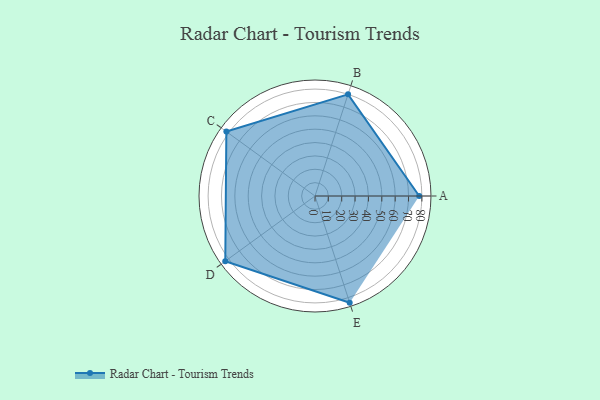
{"axis": {"x": "Skill", "y": "Score"}, "legend": ["Profile"], "data": [{"x": "A", "y": 78.0, "type": "Profile"}, {"x": "B", "y": 80.0, "type": "Profile"}, {"x": "C", "y": 82.0, "type": "Profile"}, {"x": "D", "y": 83.0, "type": "Profile"}, {"x": "E", "y": 84.0, "type": "Profile"}]}